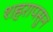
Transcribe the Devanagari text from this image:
शहरापसुन